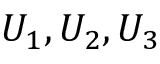
U _ { 1 } , U _ { 2 } , U _ { 3 }